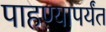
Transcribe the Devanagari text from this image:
पाहण्यापर्यंत